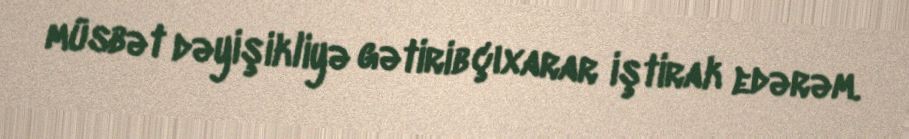
müsbət dəyişikliyə gətirib çıxarar iştirak edərəm.